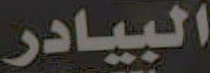
البيادر